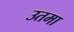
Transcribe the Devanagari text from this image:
उतमा